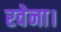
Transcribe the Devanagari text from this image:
रवेना।